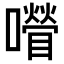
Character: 𡂚